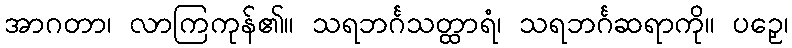
အာဂတာ၊ လာကြကုန်၏။ သရဘင်္ဂသတ္ထာရံ၊ သရဘင်္ဂဆရာကို။ ပဉှေ၊